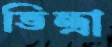
ভিন্ত্রা